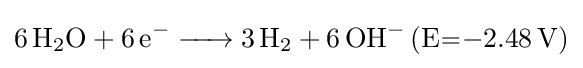
{\ce {6H2O + 6e- -> 3H2 + 6OH- (E=-2.48V)}}